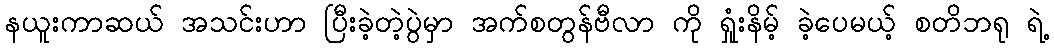
နယူးကာဆယ် အသင်းဟာ ပြီးခဲ့တဲ့ပွဲမှာ အက်စတွန်ဗီလာ ကို ရှုံးနိမ့် ခဲ့ပေမယ့် စတိဘရု ရဲ့